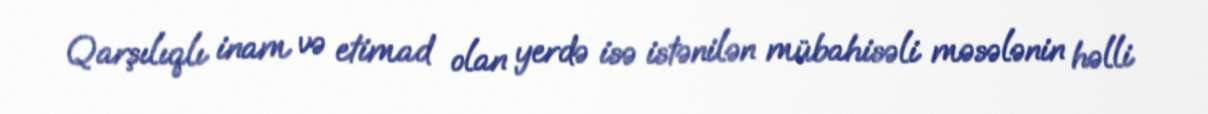
Qarşılıqlı inam və etimad olan yerdə isə istənilən mübahisəli məsələnin həlli